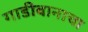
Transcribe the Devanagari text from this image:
गाडीवानाचा